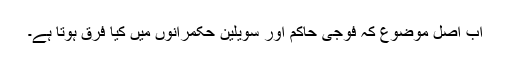
اب اصل موضوع کہ فوجی حاکم اور سویلین حکمرانوں میں کیا فرق ہوتا ہے۔